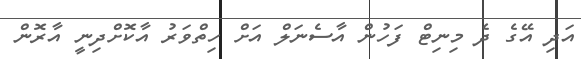
އަދި އޭގެ ދެ މިނިޓް ފަހުން އާސެނަލް އަށް ހިތްވަރު އާކޮށްދިނީ އާރޮން